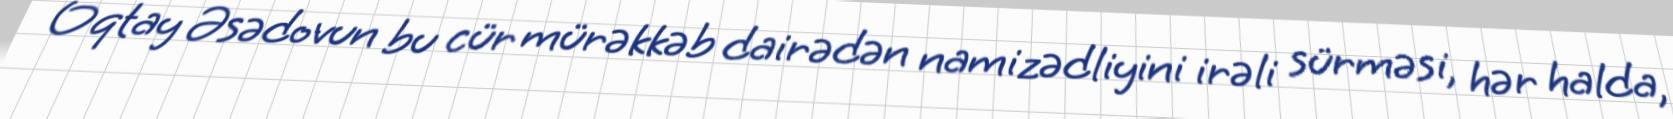
Oqtay Əsədovun bu cür mürəkkəb dairədən namizədliyini irəli sürməsi, hər halda,